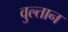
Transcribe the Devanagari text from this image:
वुल्तान